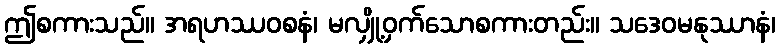
ဤစကားသည်။ အရဟဿဝစနံ၊ မလျှို့ဝှက်သောစကားတည်း။ သဒေဝမနုဿာနံ၊